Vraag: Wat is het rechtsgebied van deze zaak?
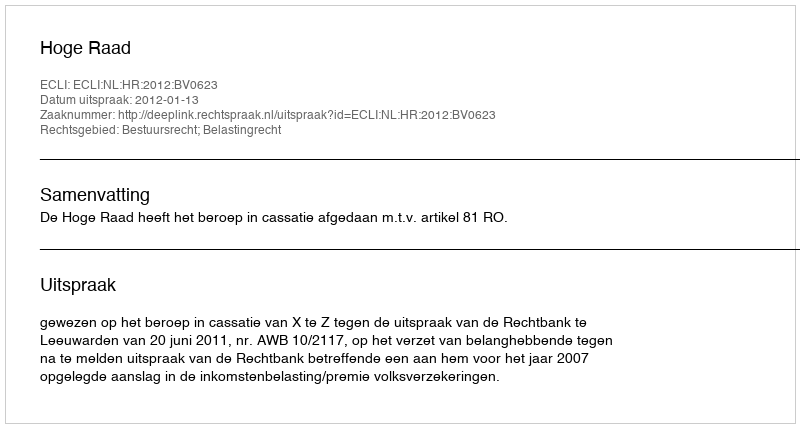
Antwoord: Bestuursrecht; Belastingrecht